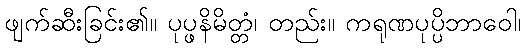
ဖျက်ဆီးခြင်း၏။ ပုပ္ဖနိမိတ္တံ၊ တည်း။ ကရုဏပုပ္ပိဘာဝေါ၊